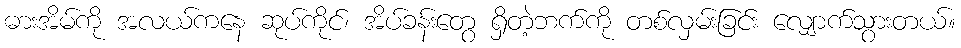
ဓားအိမ်ကို အလယ်ကနေ ဆုပ်ကိုင်၊ အိပ်ခန်းတွေ ရှိတဲ့ဘက်ကို တစ်လှမ်းခြင်း လျှောက်သွားတယ်။